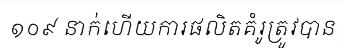
១០៩ នាក់ហើយការផលិតគំរូត្រូវបាន